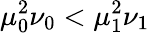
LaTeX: \mu_{0}^{2}\nu_{0}<\mu_{1}^{2}\nu_{1}